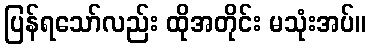
ပြန်ရသော်လည်း ထိုအတိုင်း မသုံးအပ်။